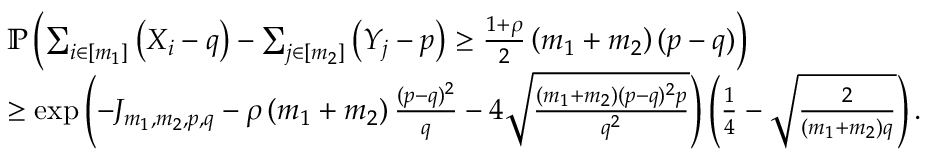
\begin{array} { r l } & { \mathbb { P } \left( \sum _ { i \in [ m _ { 1 } ] } \left( X _ { i } - q \right) - \sum _ { j \in [ m _ { 2 } ] } \left( Y _ { j } - p \right) \geq \frac { 1 + \rho } { 2 } \left( m _ { 1 } + m _ { 2 } \right) ( p - q ) \right) } \\ & { \geq \exp \left( - J _ { m _ { 1 } , m _ { 2 } , p , q } - \rho \left( m _ { 1 } + m _ { 2 } \right) \frac { ( p - q ) ^ { 2 } } { q } - 4 \sqrt { \frac { ( m _ { 1 } + m _ { 2 } ) ( p - q ) ^ { 2 } p } { q ^ { 2 } } } \right) \left( \frac { 1 } { 4 } - \sqrt { \frac { 2 } { ( m _ { 1 } + m _ { 2 } ) q } } \right) . } \end{array}